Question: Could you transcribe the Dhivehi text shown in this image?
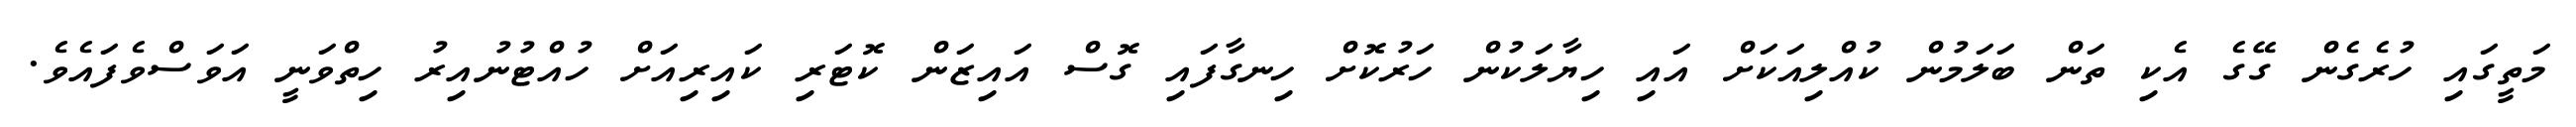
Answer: މަތީގައި ހުރެގެން ގޭގެ އެކި ތަން ބަލަމުން ކުއްލިއަކަށް އައި ހިޔާލަކުން ހަރުކޮށް ހިނގާފައި ގޮސް އައިޒަން ކޮޓަރި ކައިރިއަށް ހުއްޓުނުއިރު ހިތްވަނީ އަވަސްވެފައެވެ.